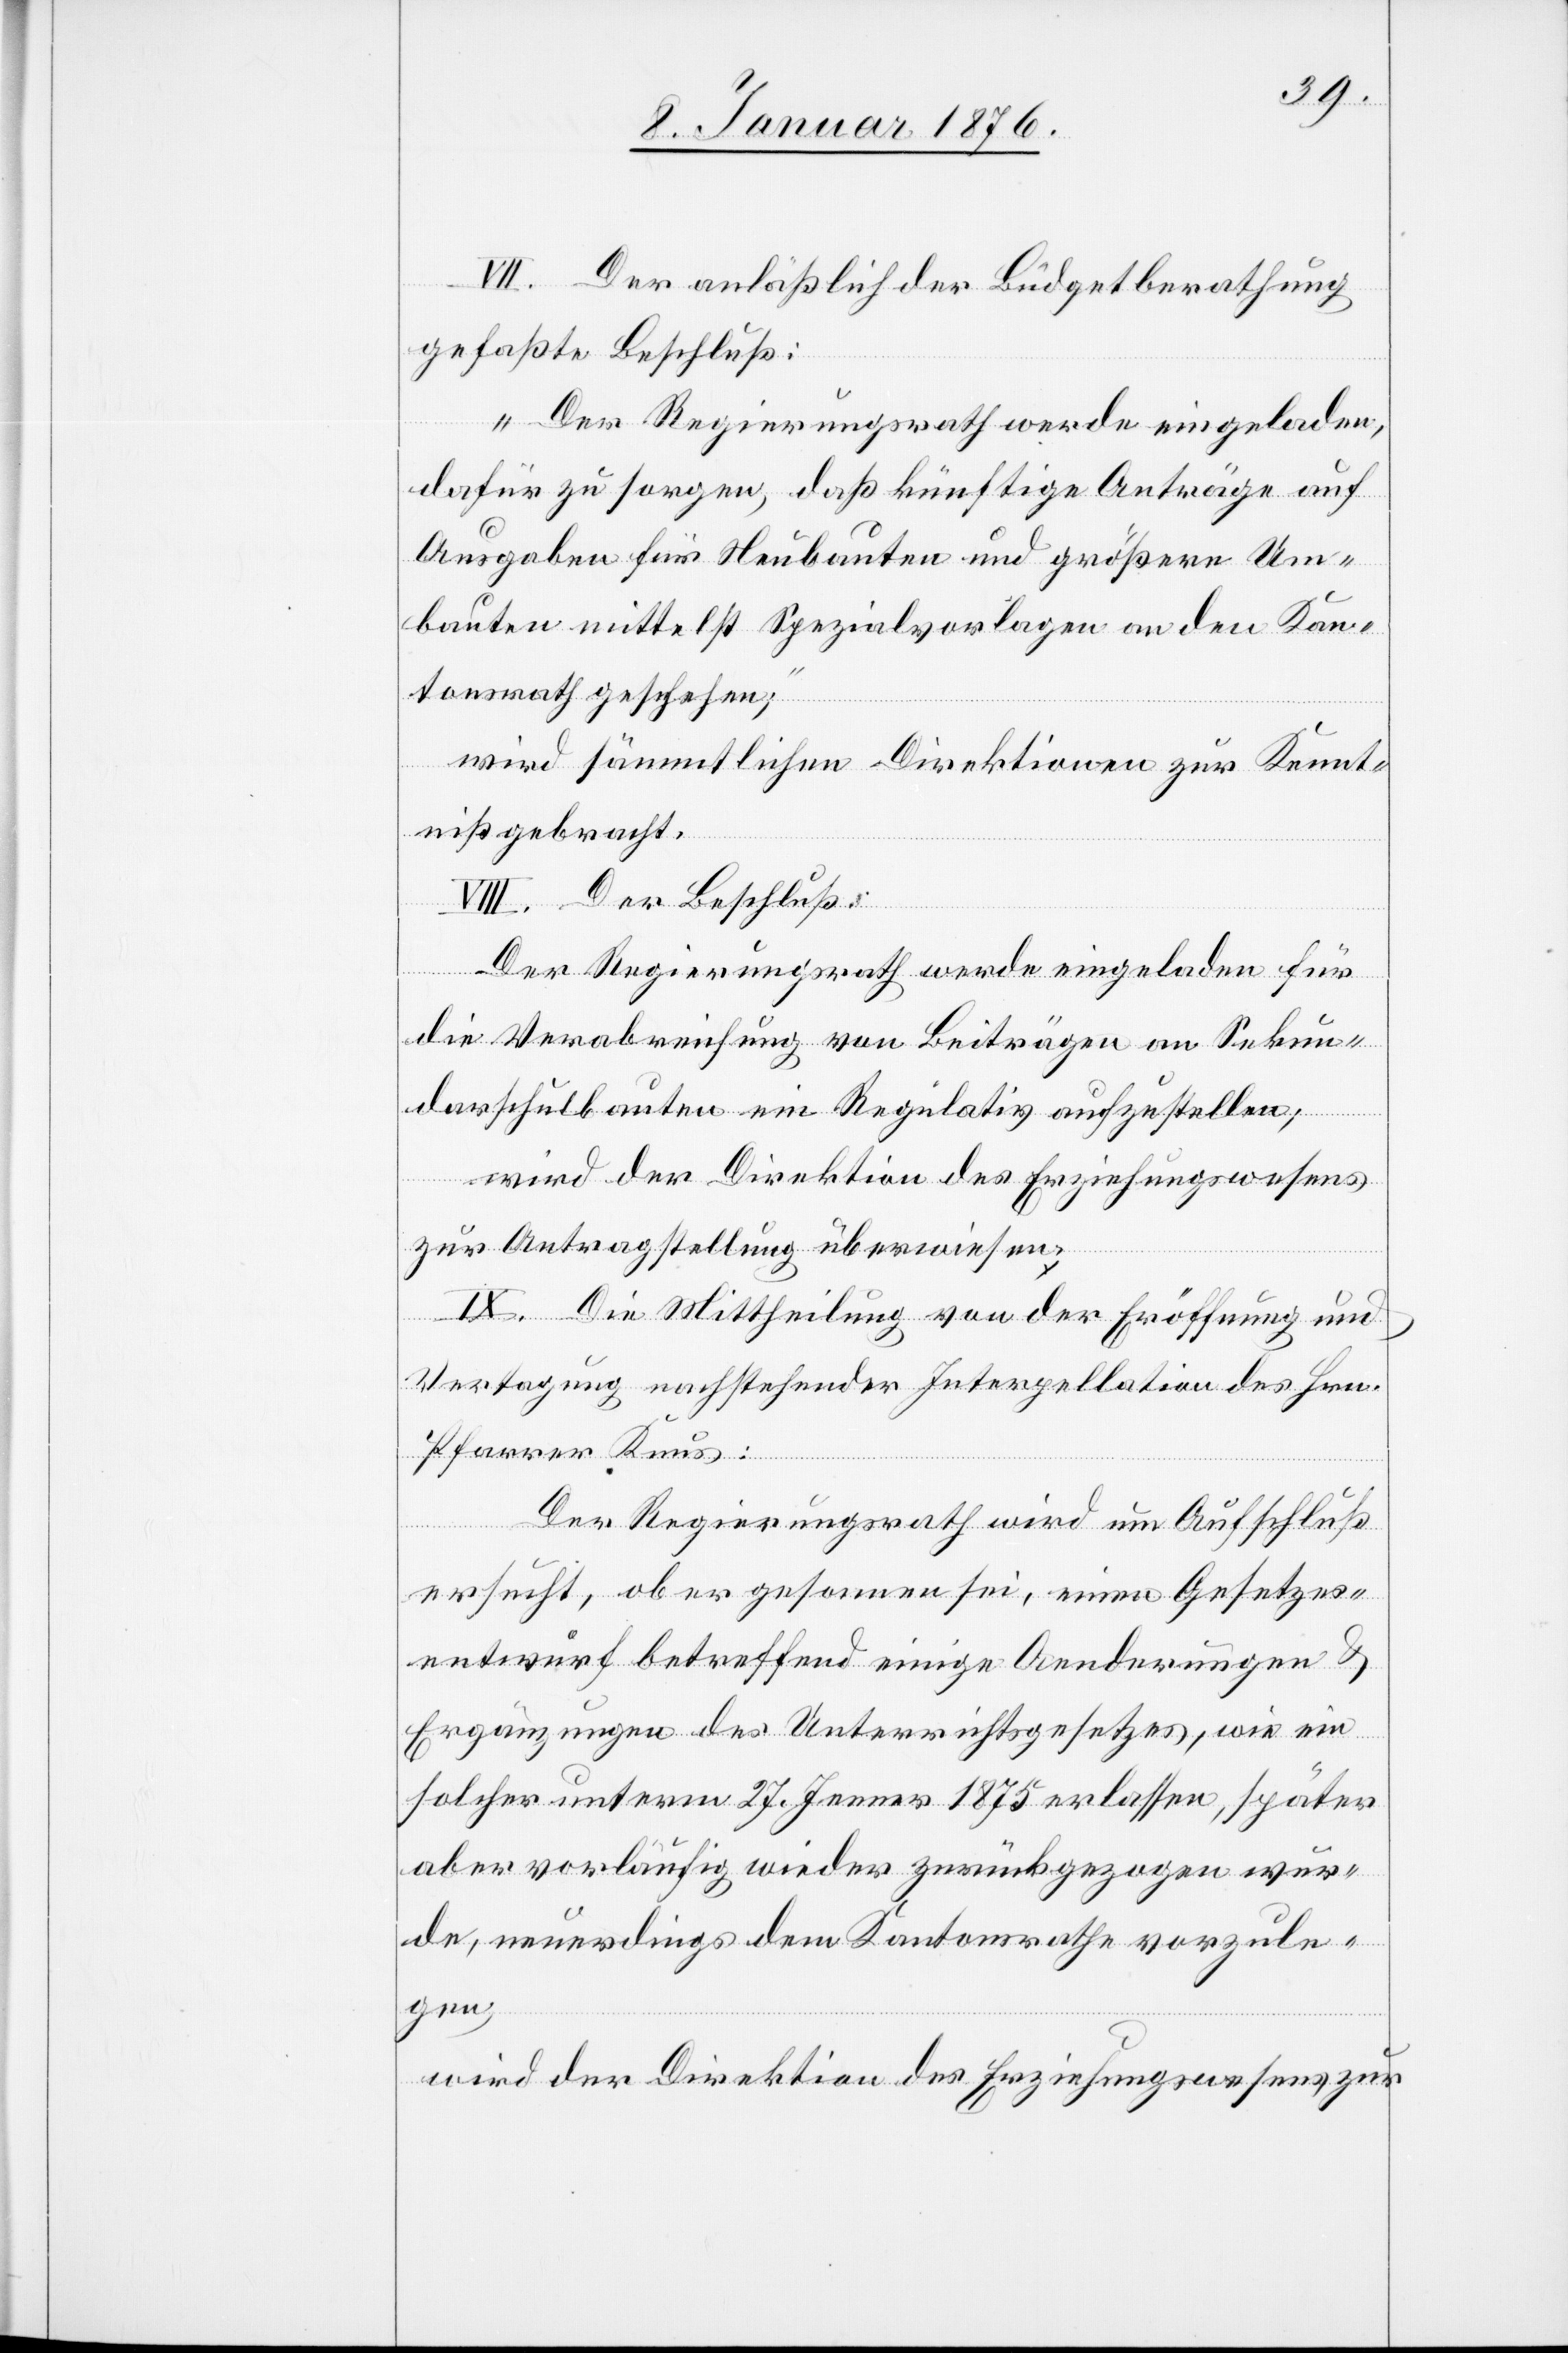
VII. Der anläßlich der Büdgetberathung
gefaßte Beschluß:
„Der Regierungsrath werde eingeladen,
dafür zu sorgen, daß künftige Anträge auf
Ausgaben für Neubauten und größere Um¬
bauten mittelst Spezialvorlagen an den Kan¬
tonsrath geschehen“;
wird sämmtlichen Direktionen zur Kennt¬
niß gebracht.
VIII. Der Beschluß:
Der Regierungsrath werde eingeladen für
die Verabreichung von Beiträgen an Sekun¬
darschulbauten ein Regulativ auszustellen,
wird der Direktion des Erziehungswesens
zur Antragstellung überwiesen.
IX. Die Mittheilung von der Eröffnung und
Vertagung nachstehender Interpellation des Hrn.
Pfarrer Knus:
Der Regierungsrath wird um Aufschluß
ersucht, ob er gesonnen sei, einen Gesetzes¬
entwurf betreffend einige Aenderungen u.
Ergänzungen des Unterrichtsgesetzes, wie ein
solcher unterm 27. Jenner 1875 erlassen, später
aber vorläufig wieder zurückgezogen wur¬
de, neuerdings dem Kantonsrathe vorzule¬
gen,
wird der Direktion des Erziehungswesens zur